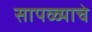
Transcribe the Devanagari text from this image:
सापळ्याचे